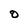
Character: O